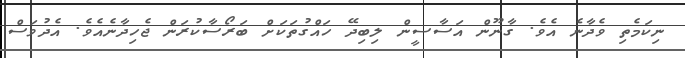
ނިކަމެތި ވެދާނެ އެވެ. ގާނޫން އަސާސީން ލިބިދޭ ހައްގުތަކަށް ބަރޯސާކުރަން ޖެހިދާނެއެވެ. އެދުވަސް